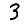
Digit: 3